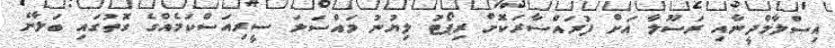
އިސްލާމްދީނާއި ރަސޫލާ އަށް ފުރައްސާރަކޮށް ރިޕޯޓު ލިޔުނު މައްސަލަ ސީރިއަސްކަމެއްގެ ގޮތުގައި ބަލާނެ